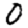
Digit: 0